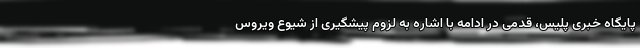
پایگاه خبری پلیس، قدمی در ادامه با اشاره به لزوم پیشگیری از شیوع ویروس